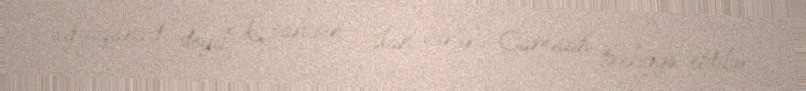
ağcaqanad deyil ki, sancsın - ilan vurur.- Camaatı təxliyyə etdilər.